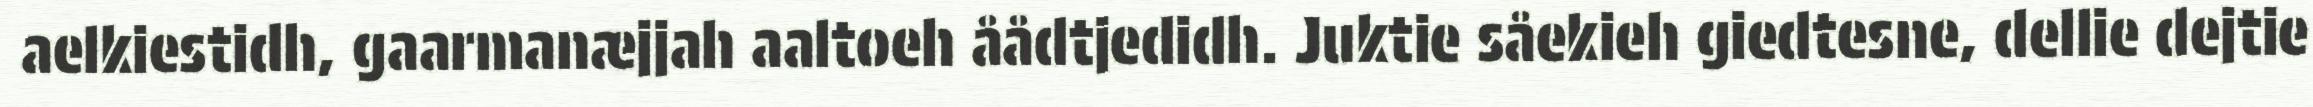
aelkiestidh, gaarmanæjjah aaltoeh åådtjedidh. Juktie såekieh giedtesne, dellie dejtie